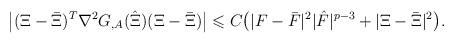
LaTeX: \begin{align*}\begin{aligned}\bigl|(\Xi-\bar{\Xi})^T \nabla^2 G_{,A}(\hat{\Xi})(\Xi-\bar{\Xi})\bigr| \leqslant C\big(|F-\Bar{F}|^2|\hat{F}|^{p-3} + |\Xi - \Bar{\Xi}|^2 \big).\end{aligned}\end{align*}